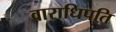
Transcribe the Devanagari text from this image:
वाराधिपति